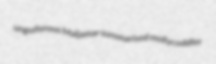
unguiferous Maljamar summarised mollycoddler